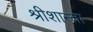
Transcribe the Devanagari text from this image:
श्रीशान्ता